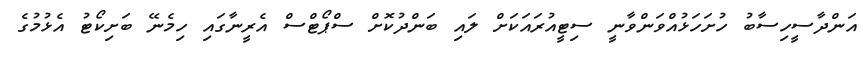
އަންދާސީހިސާބު ހުށަހަޅުއްވަންވާނީ ސިޓީއުރައަކަށް ލައި ބަންދުކޮށް ސްޕޯޓްސް އެރީނާގައި ހިމެނޭ ބަށިކޯޓު އެޅުމުގެ